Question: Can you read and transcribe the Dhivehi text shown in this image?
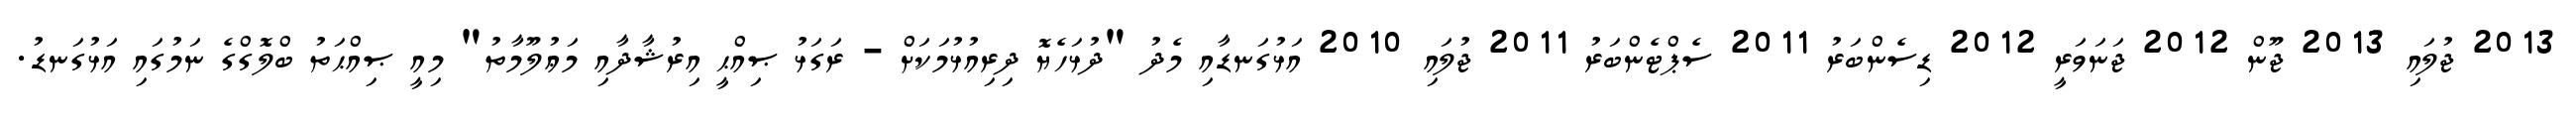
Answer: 2013 ޖުލައި 2013 ޖޫން 2012 ޖަނަވަރީ 2012 ޑިސެންބަރު 2011 ސެޕްޓެންބަރު 2011 ޖުލައި 2010 އަޅުގަނޑާއި މެދު "ދުޅަހެޔޮ ދިރިއުޅުމަކަށް - ރަގަޅު ޞިއްޙީ އިރުޝާދާއި މަޢުލޫމާތު" މިއީ ޞިއްޙަތު ބްލޮގްގެ ނަމުގައި އަޅުގަނޑު.